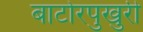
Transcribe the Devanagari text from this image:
बाटोरपुखुरी